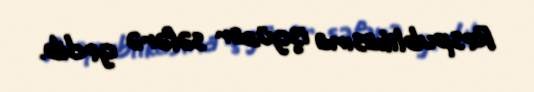
Respublikasına işgüzar səfərə gedib.